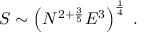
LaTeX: S \sim \left( N ^ { 2 + \frac { 3 } { 5 } } E ^ { 3 } \right) ^ { \frac { 1 } { 4 } } \; .